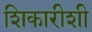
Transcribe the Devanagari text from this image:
शिकारीशी